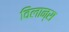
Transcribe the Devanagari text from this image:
विलान्स